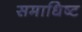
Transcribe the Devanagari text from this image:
समाधिष्ट